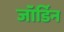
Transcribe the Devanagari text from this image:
जॉर्डिन